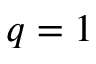
q = 1